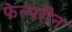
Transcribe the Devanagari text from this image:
फेल्परीन